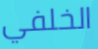
الخلفي